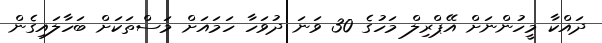
ދައްކާ މީހުންނަށް އޭޕްރިލް މަހުގެ 30 ވަނަ ދުވަހާ ހަމައަށް މަސްތަކަށް ބަހާލައިގެން